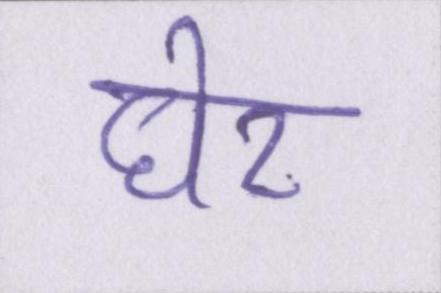
घेर